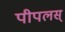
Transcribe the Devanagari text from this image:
पीपलस्